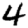
Digit: 4